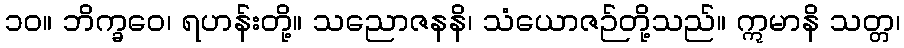
၁၀။ ဘိက္ခဝေ၊ ရဟန်းတို့။ သညောဇနနိ၊ သံယောဇဉ်တို့သည်။ ဣမာနိ သတ္တ၊